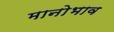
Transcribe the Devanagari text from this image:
मानोभाव